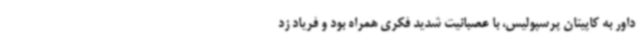
داور به کاپیتان پرسپولیس، با عصبانیت شدید فکری همراه بود و فریاد زد